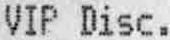
VIP DISC.